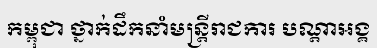
កម្ពុជា ថ្នាក់ដឹកនាំមន្ត្រីរាជការ បណ្តាអង្គ